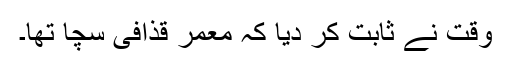
وقت نے ثابت کر دیا کہ معمر قذافی سچا تھا۔